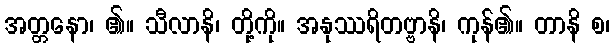
အတ္တနော၊ ၏။ သီလာနိ၊ တို့ကို။ အနုဿရိတဗ္ဗာနိ၊ ကုန်၏။ တာနိ စ၊